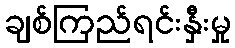
ချစ်ကြည်ရင်းနှီးမှု